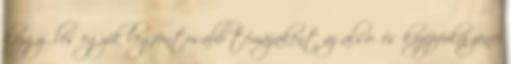
közgyűlés egyik legfontosabb témájaként az alsó- és középfokú zenei